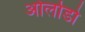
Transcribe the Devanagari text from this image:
ओर्लाडो